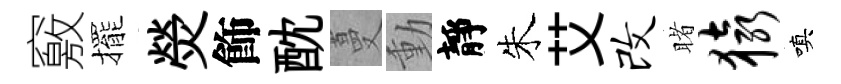
竅擺熒飾酖蔓動靜朱艾改睹猿嗔